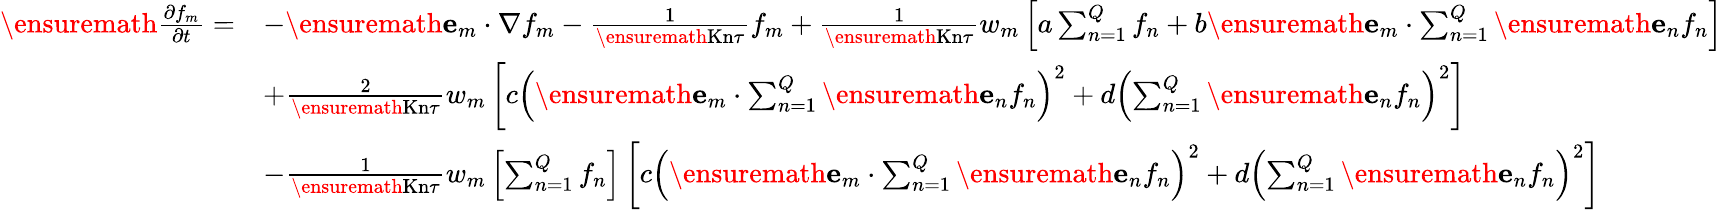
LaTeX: \begin{array}{rl}{\ensuremath{\frac{\partial f_{m}}{\partial t}}=}&{-\ensuremath{\mathbf{e}}_{m}\cdot\nabla f_{m}-\frac{1}{\ensuremath{\mathrm{Kn}}\tau}f_{m}+\frac 1{\ensuremath{\mathrm{Kn}}\tau}w_{m}\left[a\sum_{n=1}^{Q}f_{n}+b\ensuremath{\mathbf{e}}_{m}\cdot\sum_{n=1}^{Q}\ensuremath{\mathbf{e}}_{n}f_{n}\right]}\\ &{+\frac 2{\ensuremath{\mathrm{Kn}}\tau}w_{m}\left[c\left(\ensuremath{\mathbf{e}}_{m}\cdot\sum_{n=1}^{Q}\ensuremath{\mathbf{e}}_{n}f_{n}\right)^{2}+d\left(\sum_{n=1}^{Q}\ensuremath{\mathbf{e}}_{n}f_{n}\right)^{2}\right]}\\ &{-\frac 1{\ensuremath{\mathrm{Kn}}\tau}w_{m}\left[\sum_{n=1}^{Q}f_{n}\right]\left[c\left(\ensuremath{\mathbf{e}}_{m}\cdot\sum_{n=1}^{Q}\ensuremath{\mathbf{e}}_{n}f_{n}\right)^{2}+d\left(\sum_{n=1}^{Q}\ensuremath{\mathbf{e}}_{n}f_{n}\right)^{2}\right]}\end{array}